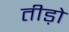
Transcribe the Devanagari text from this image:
तीड़ो